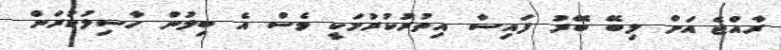
ރާއްޖެ އަށް ލިބޭ ބޭރު ފައިސާ އިތުރުކުރުމަކީ ވެސް އެ ބިލުން ހާސިލުކުރަން